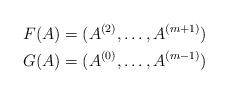
LaTeX: \begin{align*}F(A) &= (A^{(2)},\ldots, A^{(m+1)}) \\G(A) &= (A^{(0)},\ldots, A^{(m-1)})\end{align*}